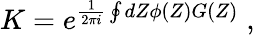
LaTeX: K=e^{\frac{1}{2\pi i}\oint dZ\phi(Z)G(Z)}\; ,